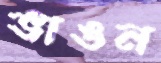
ভাঙন